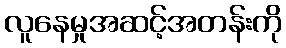
လူနေမှုအဆင့်အတန်းကို